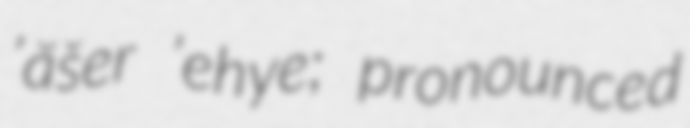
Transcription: ’ăšer ’ehye; pronounced